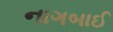
નાગબાઈ